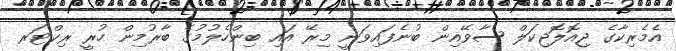
އެމެރިކާގެ ޖިއޮލޮޖިކަލް ސާވޭއިން ބުނެފައިވަނީ މިރޭ އައި ބިންހެލުމުގެ ބާރުމިން ހުރީ ރިކްޓަރ